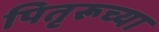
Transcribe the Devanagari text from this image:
पितृरूच्या